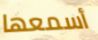
أسمعها